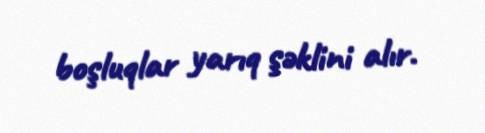
boşluqlar yarıq şəklini alır.